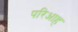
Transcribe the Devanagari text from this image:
परिआह